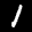
Label: 1